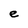
Character: e